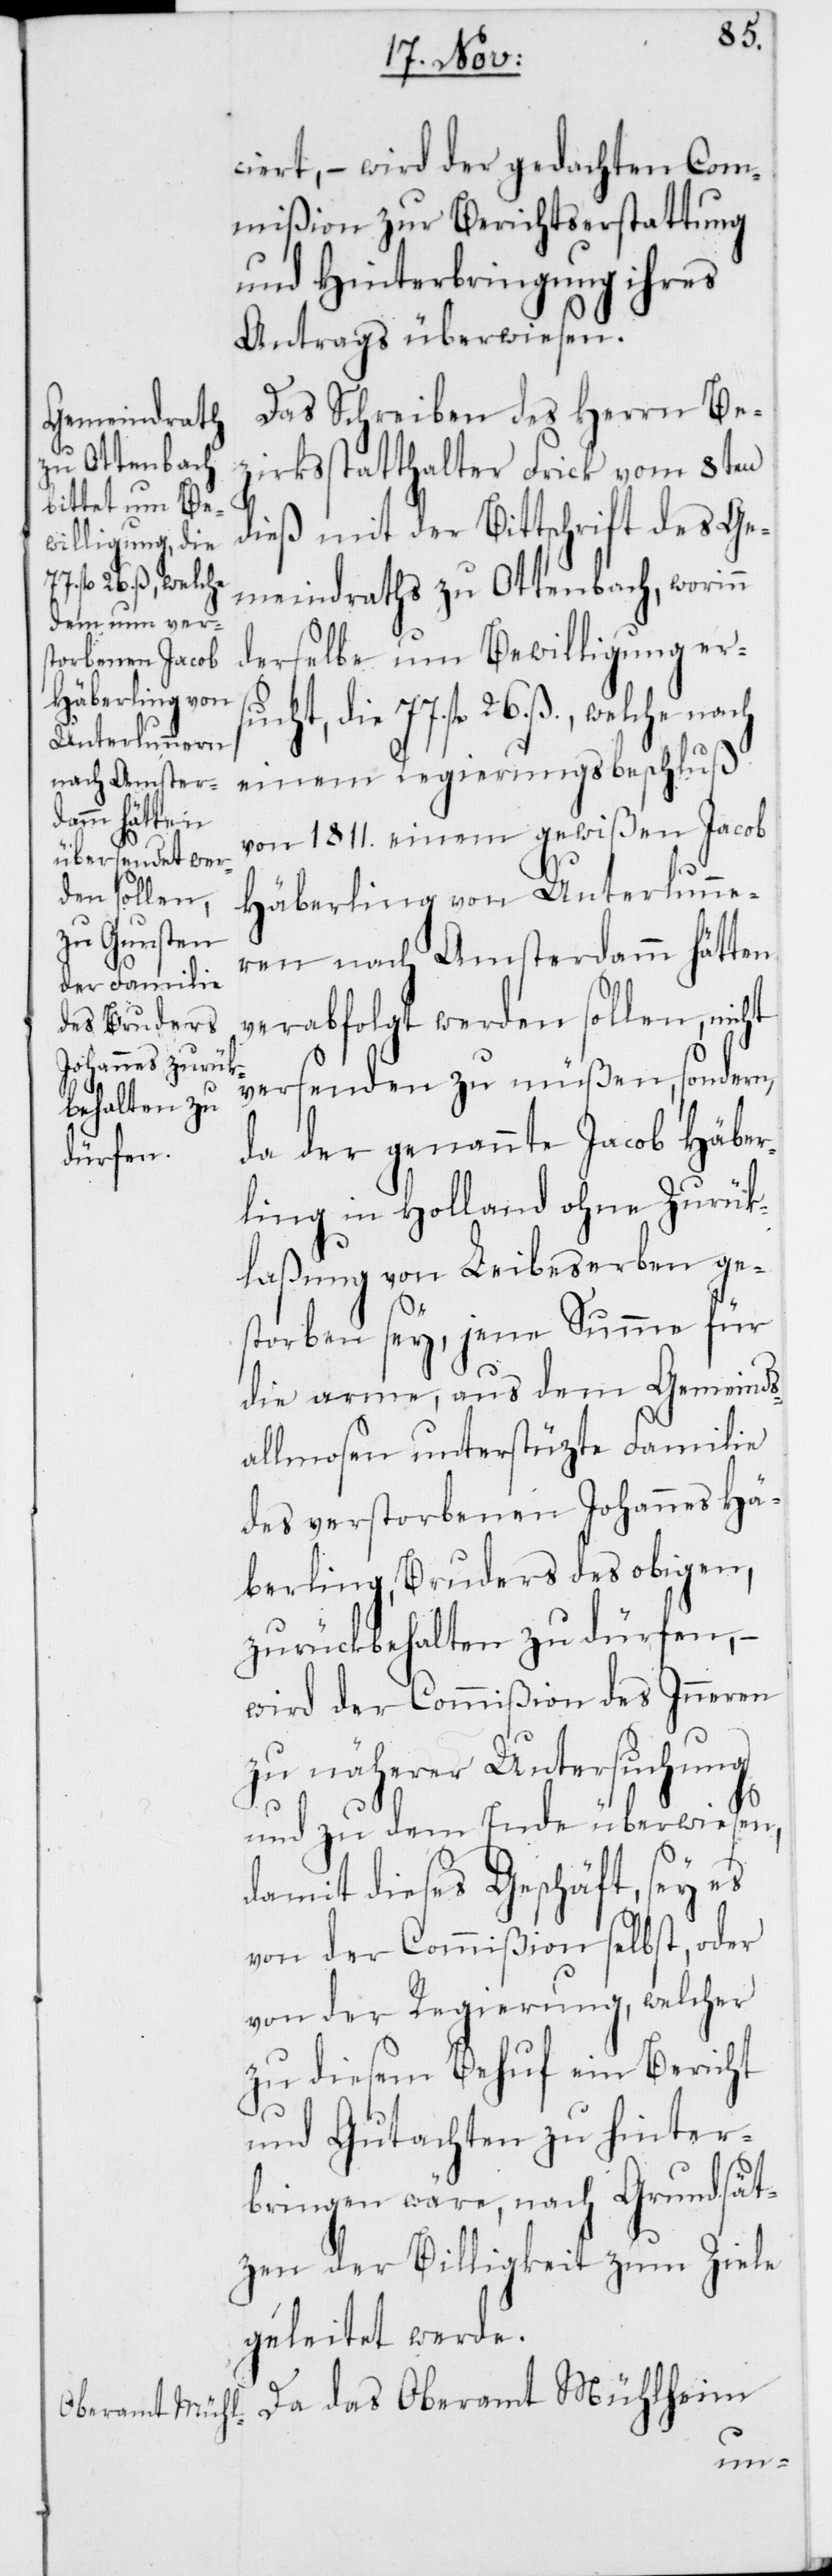
ucht,
ciert, – wird der gedachten Com¬
mißion zur Berichtserstattung
und Hinterbringung ihres
Antrags überwiesen.
Das Schreiben des Herrn Be¬
zirksstatthalter Frick vom 8ten
dieß mit der Bittschrift des Ge¬
77. fl. 26. ß., welche
meindraths zu Ottenbach, worinn
derselbe um Bewilligung ers¬
Häberling von
Unterlunneren
einem Regierungsbeschluß
nach Amster¬
damm hätten
von 1811. einem gewißen Jacob
verabfolgt werden sollen, nicht
versenden zu müßen, sondern,
da der genannte Jacob Häber¬
ling in Holland ohne Zurück¬
laßung von Leibeserben ge¬
storben sey, jene Summe für
die arme, aus dem Gemeinds¬
allmosen unterstüzte Familie
des verstorbenen Johannes Hä¬
berling, Bruders des obigen,
zurückbehalten zu dürfen, –
wird der Commißion des Inneren
zu näherer Untersuchung
und zu dem Ende überwiesen,
damit dieses Geschäft, sey es
von der Commißion selbst, oder
von der Regierung, welcher
zu diesem Behuf ein Bericht
und Gutachten zu hinter¬
bringen wäre, nach Grundsät¬
zen der Billigkeit zum Ziele
geleitet werde.